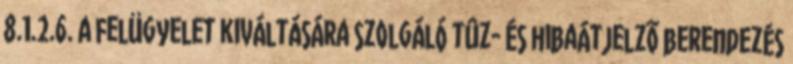
8.1.2.6. A felügyelet kiváltására szolgáló tûz- és hibaátjelzõ berendezés